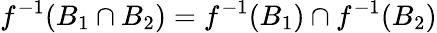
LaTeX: f^{-1}(B_{1}\cap B_{2})=f^{-1}(B_{1})\cap f^{-1}(B_{2})